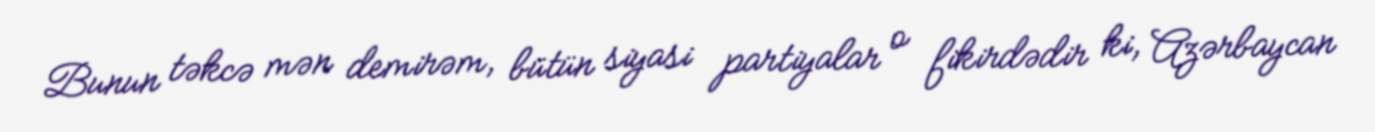
Bunun təkcə mən demirəm, bütün siyasi partiyalar o fikirdədir ki, Azərbaycan